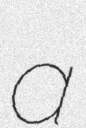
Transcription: a